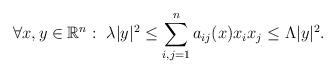
LaTeX: \begin{align*}\forall x,y\in {\mathbb R}^n:~\lambda |y|^2\leq \sum_{i,j=1}^na_{ij}(x)x_ix_j \leq \Lambda |y|^2.\end{align*}